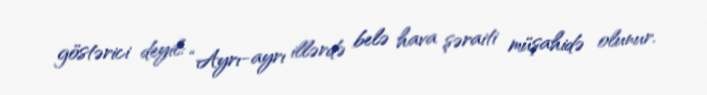
göstərici deyil: “Ayrı-ayrı illərdə belə hava şəraiti müşahidə olunur.